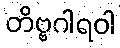
တိဗ္ဗဂါရဝါ